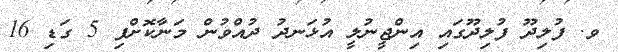
ވ. ފުލިދޫ ފުލިދޫގައި އިންޖީނުލީ އުޅަނދު ދުއްވުން މަނާކޮށްފި 5 ގަޑި 16